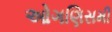
ઓગણિસમી